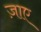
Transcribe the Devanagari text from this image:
ज़ाए